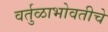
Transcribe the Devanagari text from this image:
वर्तुळाभोवतीचे